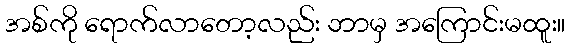
အစ်ကို ရောက်လာတော့လည်း ဘာမှ အကြောင်းမထူး။